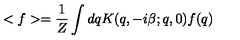
< f > = \frac { 1 } { Z } \int d q K ( q , - i \beta ; q , 0 ) f ( q )